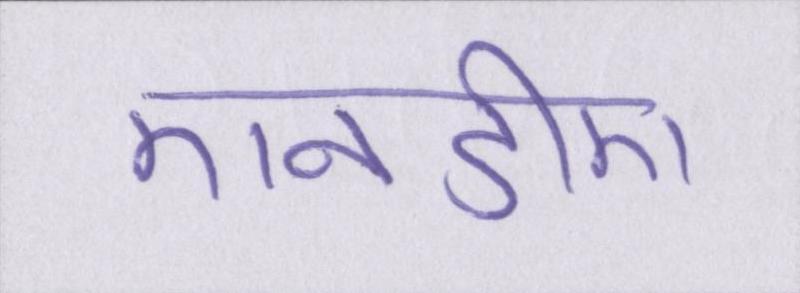
एनडीए